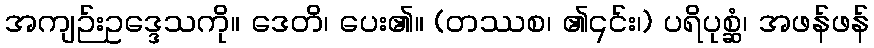
အကျဉ်းဥဒ္ဒေသကို။ ဒေတိ၊ ပေး၏။ (တဿစ၊ ၏၎င်း၊) ပရိပုစ္ဆံ၊ အဖန်ဖန်